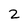
Character: 2